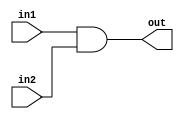
/* Module: and (and gate)
 * Description: ands 2 numbers together
 * Parameters: L1 - length of inputs
 */

module andGate     #(parameter L1 = 8)
                    
                    (input  [L1-1:0] in1,
                    input  [L1-1:0] in2,
                    output wire [L1-1:0] out);
                    
  assign out = in1 & in2;
endmodule